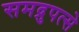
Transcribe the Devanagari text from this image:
समद्रुपत्से